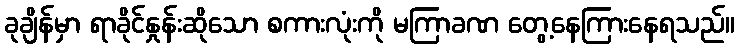
ခုချိန်မှာ ရာခိုင်နှုန်းဆိုသော စကားလုံးကို မကြာခဏ တွေ့နေကြားနေရသည်။